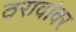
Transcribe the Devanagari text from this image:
ठरावांवर